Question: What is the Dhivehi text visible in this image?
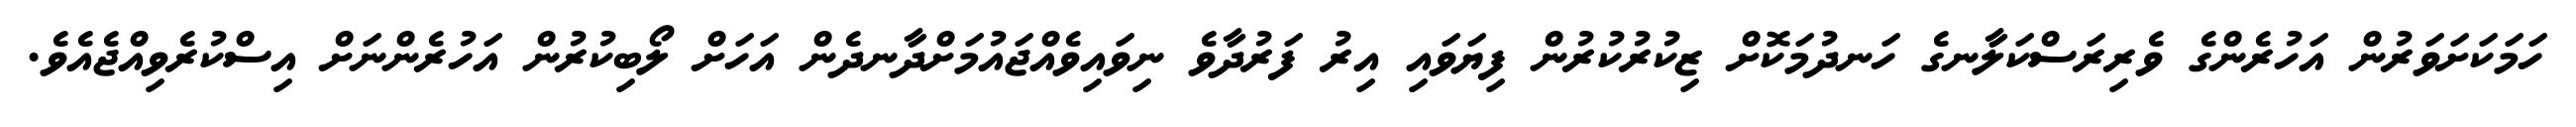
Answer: ހަމަކަށަވަރުން އަހުރެންގެ ވެރިރަސްކަލާނގެ ހަނދުމަކޮށް ޒިކުރުކުރުން ފިޔަވައި އިރު ފަރުދާވެ ނިވައިވެއްޖައުމަށްދާނދެން އަހަށް ލޯބިކުރުން އަހުރެންނަށް އިސްކުރެވިއްޖެއެވެ.